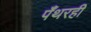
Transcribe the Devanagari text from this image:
पँथरही